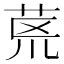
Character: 𮎻